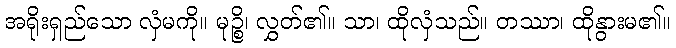
အရိုးရှည်သော လှံမကို။ မုဉ္စိ၊ လွှတ်၏။ သာ၊ ထိုလှံသည်။ တဿာ၊ ထိုနွားမ၏။